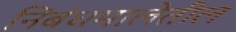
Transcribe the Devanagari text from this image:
निबंधमालेतील